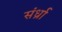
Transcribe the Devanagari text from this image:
संर्ध्रा